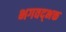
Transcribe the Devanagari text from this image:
भगवद्‌भक्त